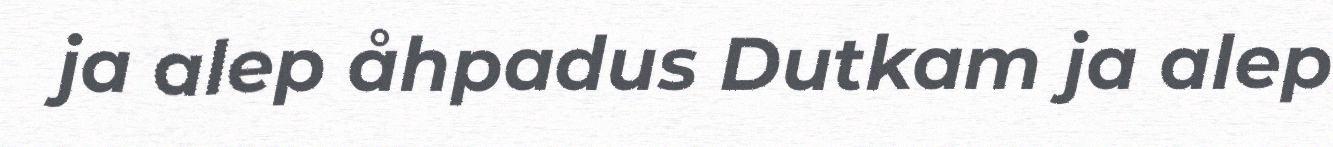
ja alep åhpadus Dutkam ja alep